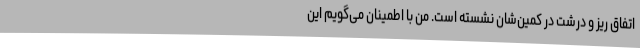
اتفاق ریز و درشت در کمین‌شان نشسته است. من با اطمینان می‌گویم این